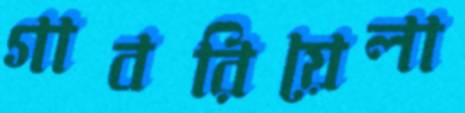
গাবরিয়েলা